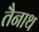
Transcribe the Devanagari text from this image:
तैनाथ